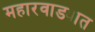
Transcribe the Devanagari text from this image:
महारवाड्यात